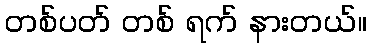
တစ်ပတ် တစ် ရက် နားတယ်။